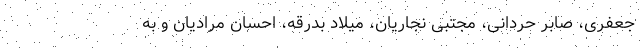
جعفری، صابر حردانی، مجتبی نجاریان، میلاد بدرقه، احسان مرادیان و به